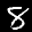
Label: 8